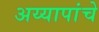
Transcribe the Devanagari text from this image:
अय्यापांचे